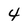
Character: 4